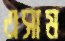
এসাম